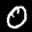
Label: 0